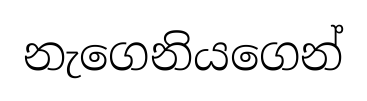
නැගෙනියගෙන්